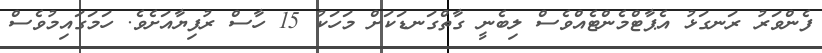
ފެންވަރު ރަނގަޅު އެޕާޓްމެންޓެއްވެސް ލިބެނީ ގާތްގަނޑަކަށް މަހަކު 15 ހާސް ރުފިޔާއަށެވެ. ހަމަގައިމުވެސް